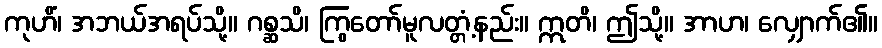
ကုဟိံ၊ အဘယ်အရပ်သို့။ ဂစ္ဆသိ၊ ကြွတော်မူလတ္တံ့နည်း။ ဣတိ၊ ဤသို့။ အာဟ၊ လျှောက်၏။